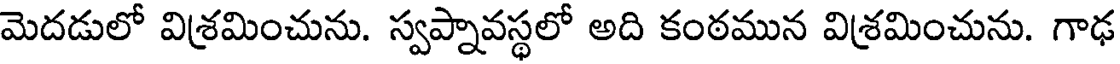
మెదడులో విశ్రమించును. స్వప్నావస్థలో అది కంఠమున విశ్రమించును. గాఢ